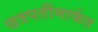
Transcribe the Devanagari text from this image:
छत्रपतींमार्फत